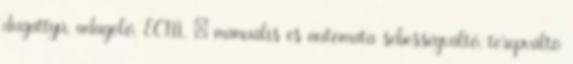
dugattyú, adagoló, ECM,. ; manuális és automata sebességváltó, terepváltó